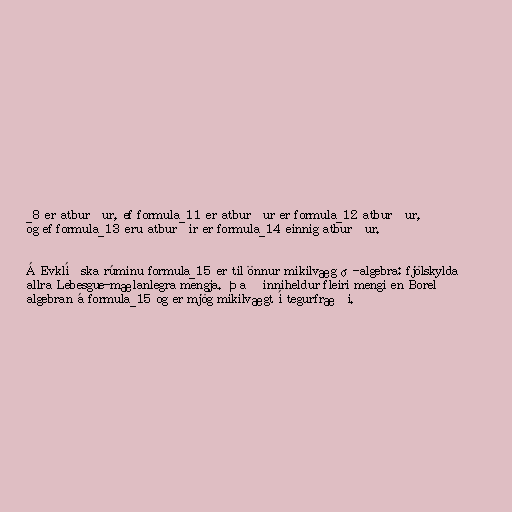
_8 er atburður, ef formula_11 er atburður er formula_12 atburður,
og ef formula_13 eru atburðir er formula_14 einnig atburður.

Á Evklíðska rúminu formula_15 er til önnur mikilvæg σ-algebra: fjölskylda
allra Lebesgue-mælanlegra mengja. Það inniheldur fleiri mengi en Borel
algebran á formula_15 og er mjög mikilvægt í tegurfræði.